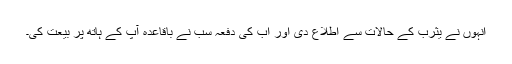
انہوں نے یثرب کے حالات سے اطلاع دی اور اب کی دفعہ سب نے باقاعدہ آپؐ کے ہاتھ پر بیعت کی۔